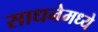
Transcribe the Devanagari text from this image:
साधनेमध्ये